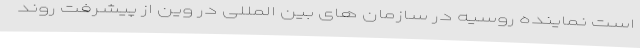
است نماینده روسیه در سازمان های بین المللی در وین از پیشرفت روند